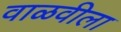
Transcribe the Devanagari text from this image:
वाळवीला